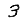
Digit: 3